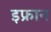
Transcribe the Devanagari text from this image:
इफ्रान